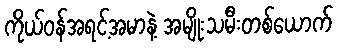
ကိုယ်ဝန်အရင့်အမာနဲ့ အမျိုးသမီးတစ်ယောက်